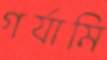
গর্যামি